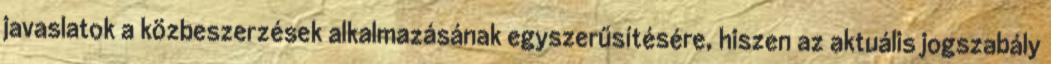
javaslatok a közbeszerzések alkalmazásának egyszerűsítésére, hiszen az aktuális jogszabály